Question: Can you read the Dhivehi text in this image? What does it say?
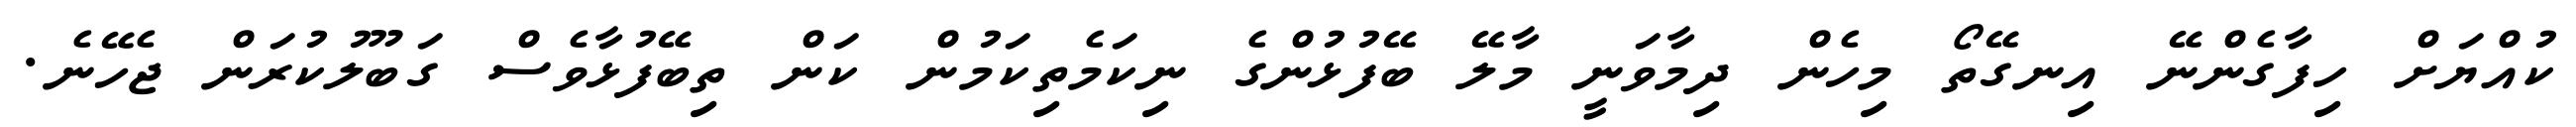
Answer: ކުއްޔަށް ހިފާގެންނޭ އިނގޭތޯ މިހެން ދިމާވަނީ މާލޭ ބޭފުޅުންގެ ނިކަމެތިކަމުން ކަން ތިބޭފުޅާވެސް ގަބޫލުކުރަން ޖެހޭނެ.